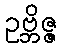
ဥဗ္ဘိဇ္ဇ